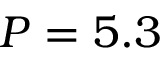
P = 5 . 3